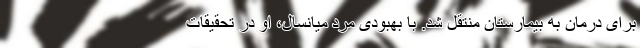
برای درمان به بیمارستان منتقل شد. با بهبودی مرد میانسال، او در تحقیقات